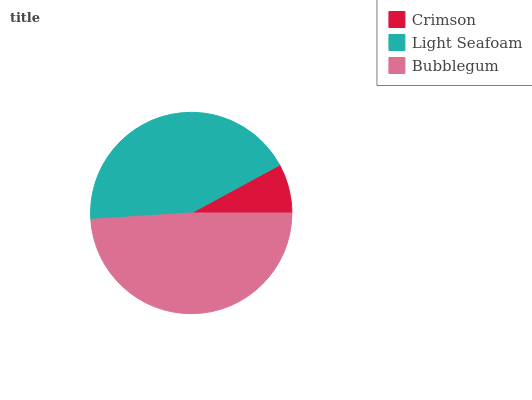
| Crimson | Light Seafoam | Bubblegum |
 | --- | --- | --- |
 | 7.91% | 43.1% | 49% |